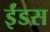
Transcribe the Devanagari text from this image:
ईंडस